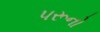
પરૂનો